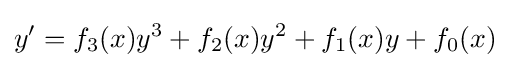
y'=f_{3}(x)y^{3}+f_{2}(x)y^{2}+f_{1}(x)y+f_{0}(x)